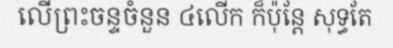
លើព្រះចន្ទចំនួន ៤លើក ក៏ប៉ុន្តែ សុទ្ធតែ